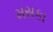
મસકા